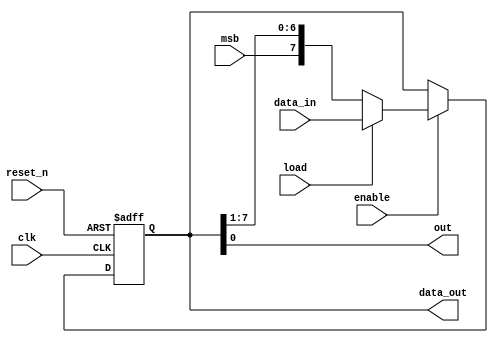
module serial_register   
#(parameter N = 8)(
input clk ,
input enable ,
input reset_n ,
input msb ,
input load ,
input [N-1:0]data_in ,
output out ,
output [N-1:0]data_out
);

reg [N-1:0]Q_reg , Q_next ;

always @ (posedge clk , negedge reset_n)
begin
   if (~reset_n)
      Q_reg = 'b0  ;
   else if (~enable)
      Q_reg = Q_reg ;
   else
      Q_reg = Q_next ;
end

always @(*)
begin
  Q_next = Q_reg ;
  if (~load)
    Q_next = {msb , Q_reg [N-1 : 1]} ;
  else
    Q_next = data_in  ;
end

assign out = Q_reg[0] ;
assign data_out = Q_reg ;

endmodule